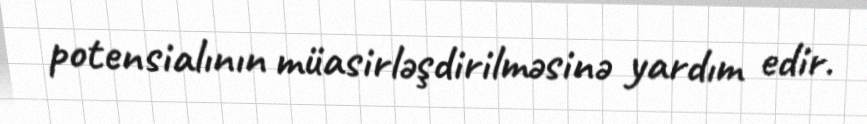
potensialının müasirləşdirilməsinə yardım edir.